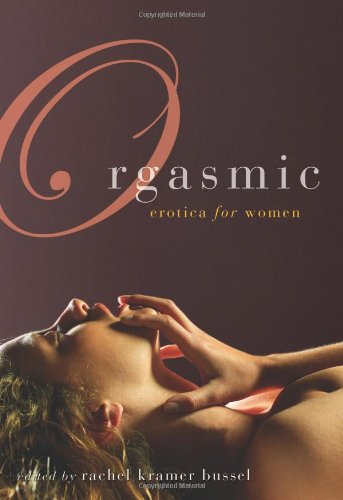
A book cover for Orgasmic: Erotica for Women; Romance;